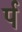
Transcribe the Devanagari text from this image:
र्प